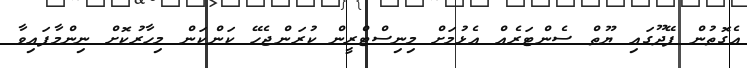
އެގޮތުން ފޭދޫގައި ޔޫތް ސެންޓަރެއް އެޅުމަށް މިނިސްޓްރީން ކުރަންޖެހޭ ކަންކަން މިހާރުކޮށް ނިންމާފައިވާ